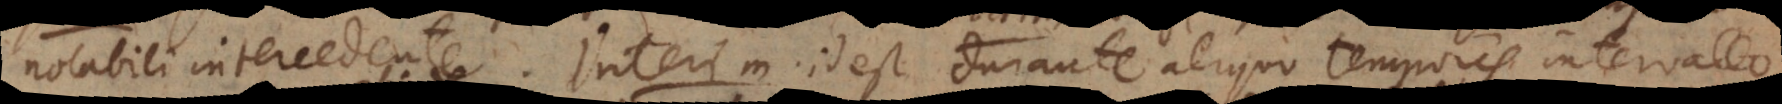
notabili intercedente. Interim id est durante aliquo temporis intervallo.